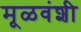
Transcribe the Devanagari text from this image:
मूळवंशी